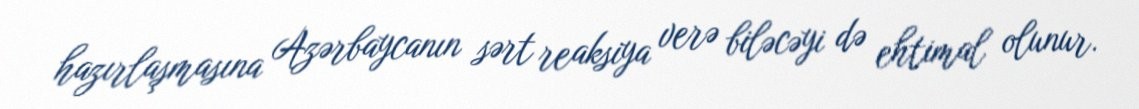
hazırlaşmasına Azərbaycanın sərt reaksiya verə biləcəyi də ehtimal olunur.